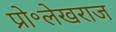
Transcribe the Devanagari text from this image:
प्रो॰लेखराज